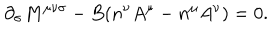
{ \partial } _ { \sigma } M ^ { { \mu } { \nu } { \sigma } } - B ( n ^ { \nu } A ^ { \mu } - n ^ { \mu } A ^ { \nu } ) = 0 .